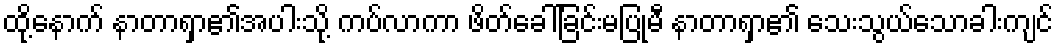
ထို့နောက် နာတာရှာ၏အပါးသို့ ကပ်လာကာ ဖိတ်ခေါ်ခြင်းမပြုမီ နာတာရှာ၏ သေးသွယ်သောခါးကျင်